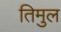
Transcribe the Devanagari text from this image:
तिमुल